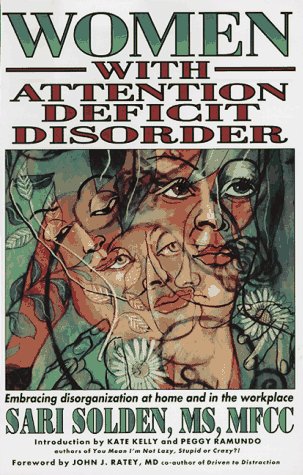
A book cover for Women with Attention Deficit Disorder: Embracing Disorganization at Home and in the Workplace; Sari Solden; Parenting & Relationships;